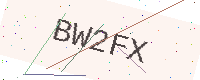
Text: BW2FX